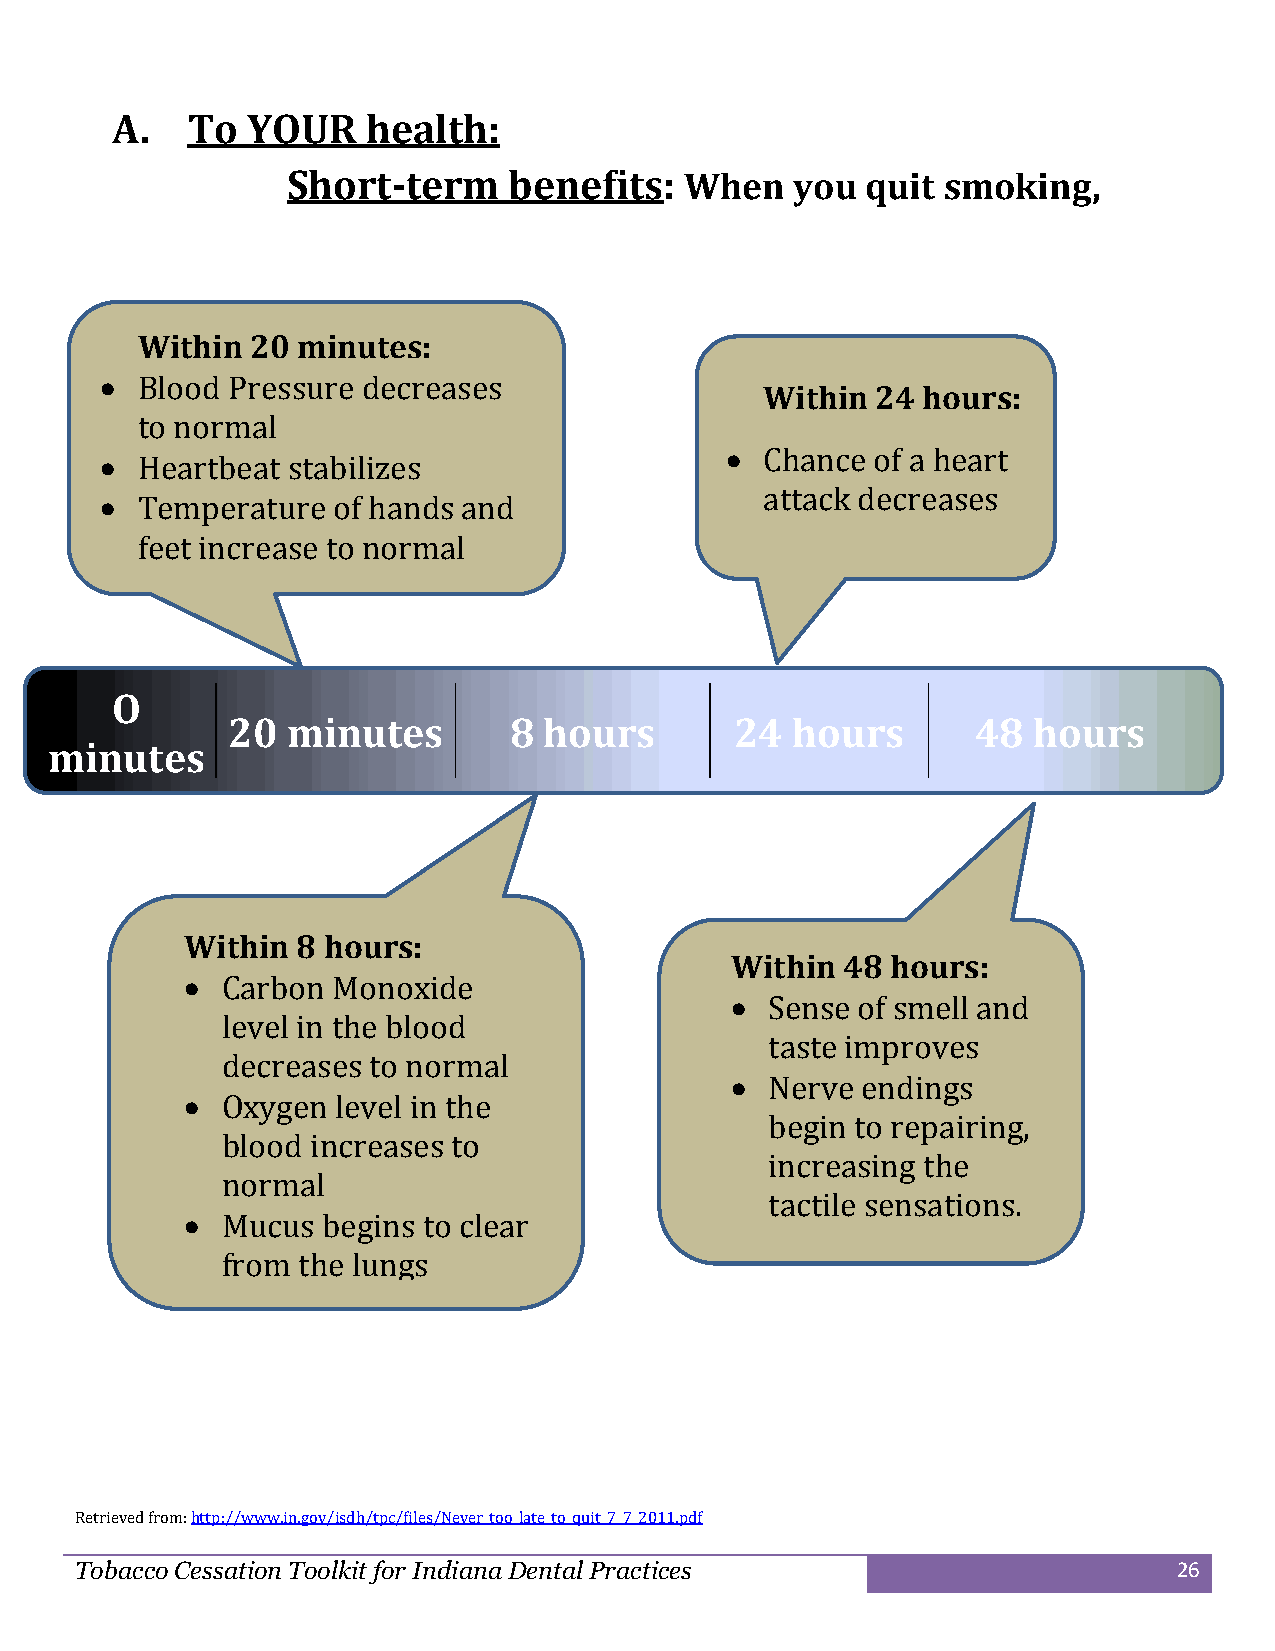
A.   To  YOUR    health:
 Short-term     benefits:  When    you quit smoking,
 Within  20 minutes:
  Blood Pressure decreases
 Within 24 hours:
 to normal
  Heartbeat stabilizes
   Chance of a heart
 attack decreases
  Temperature  of hands and
 feet increase to normal
 O
 20  minutes        8 hours        24 hours        48 hours
 minutes
 Within  8 hours:
 Within  48 hours:
   Carbon Monoxide
   Sense of smell and
 level in the blood
 taste improves
 decreases to normal
   Nerve endings
   Oxygen level in the
 begin to repairing,
 blood increases to
 increasing the
 normal
 tactile sensations.
   Mucus begins to clear
 from the lungs
   Breathing is improved
 Retrieved from: http://www.in.gov/isdh/tpc/files/Never_too_late_to_quit_7_7_2011.pdf
 Tobacco Cessation Toolkit for Indiana Dental Practices                   26